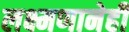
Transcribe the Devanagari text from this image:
लक्ष्मणानेही